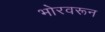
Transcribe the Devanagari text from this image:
भोरवरून